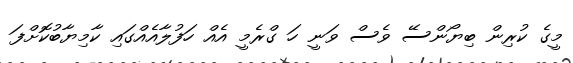
މީގެ ކުރިން ބިޔޯންސޭ ވެސް ވަނީ ހަ ގްރެމީ އެއް ހަފުލާއެއްގައި ކާމިޔާބުކޮށްފަ